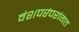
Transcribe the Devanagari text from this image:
वंशपरंपरांगत